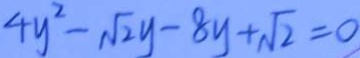
4 y ^ { 2 } - \sqrt { 2 } y - 8 y + \sqrt { 2 } = 0